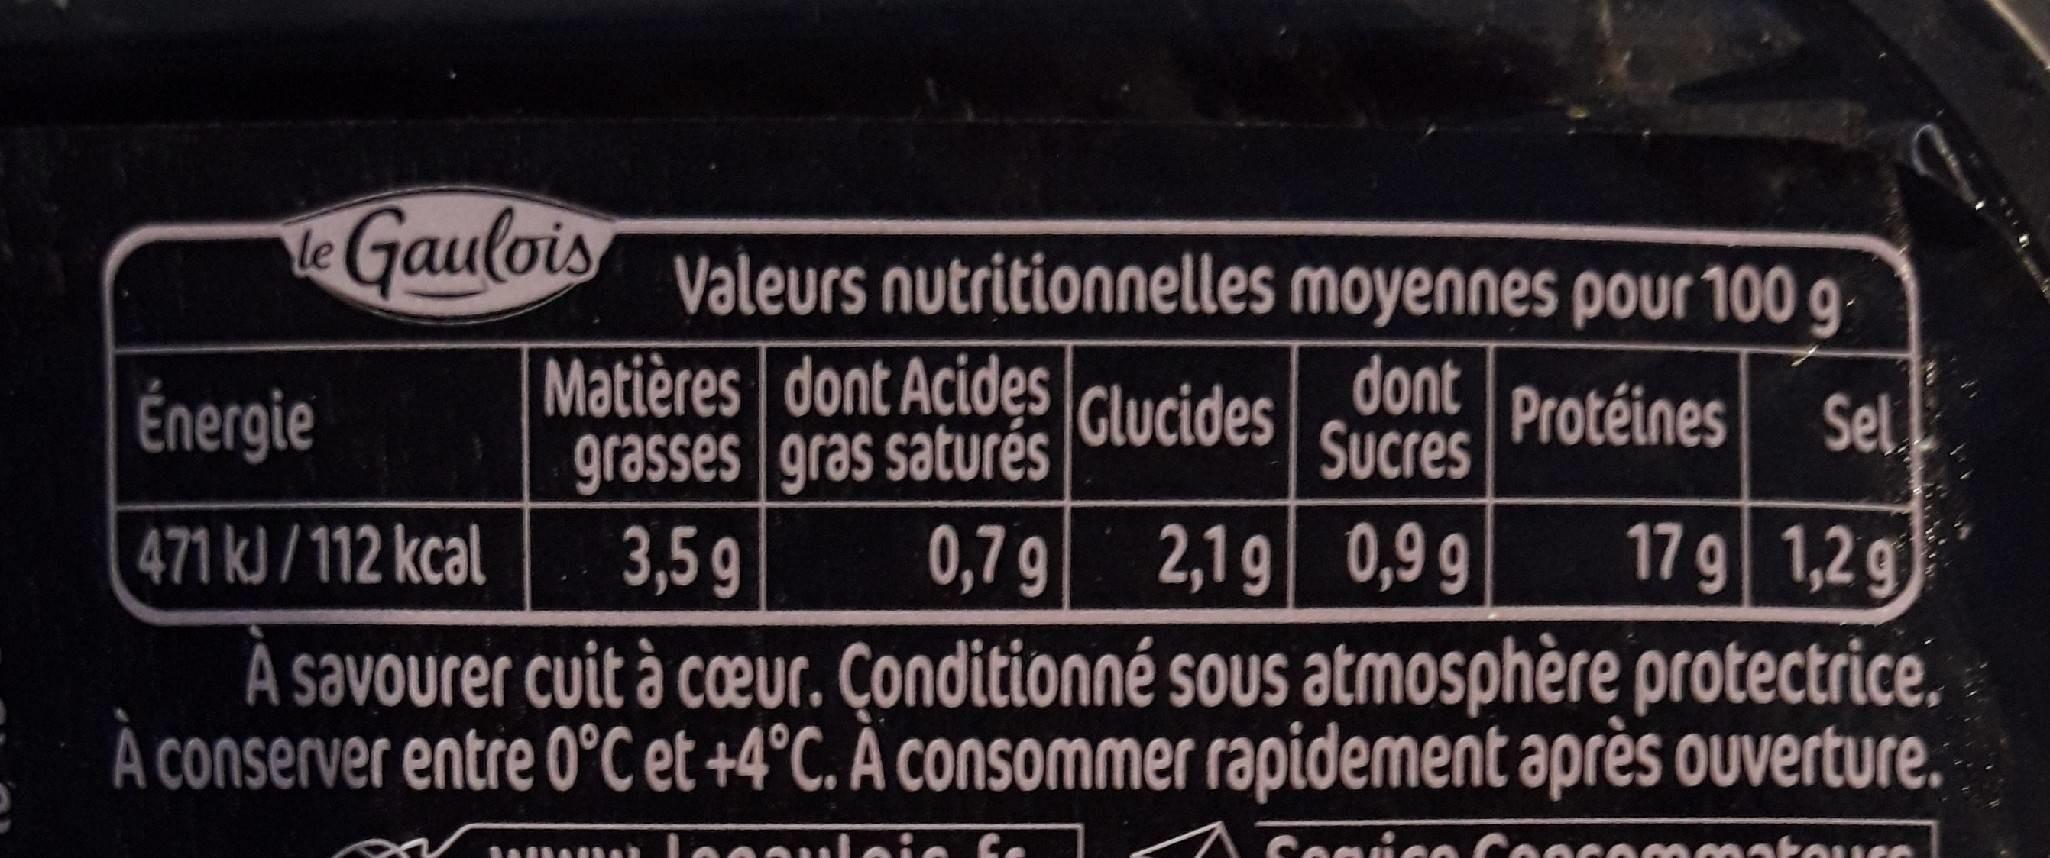
le Gaulois
Valeurs nutritionnelles moyennes pour 100 g- Matières dont Acidęs grasses gras saturés 3,5 g
Énergie
Glucides
dont Sucres
Protéines
Sel
471 kJ /112 kcal
0,7 g 2,19 0,9 g
17 g 1,2 g
À savourer cuit à cœur. Çonditionné sous atmosphère protectrice. À conserver entre 0°C et +4°C. À consommer rapidement après ouverture.
Cogico